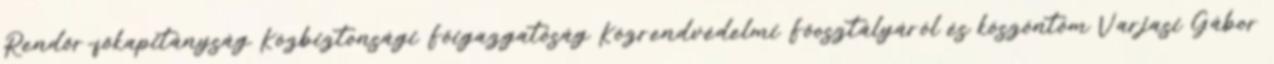
Rendőr-főkapitányság Közbiztonsági Főigazgatóság Közrendvédelmi Főosztályáról és köszöntöm Varjasi Gábor